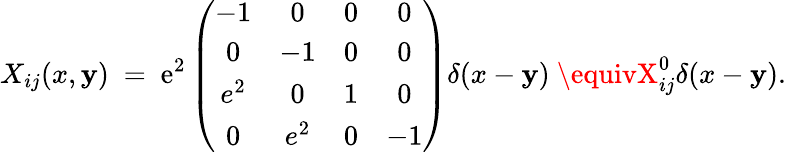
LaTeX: X_{ij}(x,\mathbf{y})~=~\mathrm{e}^{2}\left(\begin{array}{cccc}{{-1}}&{{0}}&{{0}}&{{0}}\\ {{0}}&{{-1}}&{{0}}&{{0}}\\ {{e^{2}}}&{{0}}&{{1}}&{{0}}\\ {{0}}&{{e^{2}}}&{{0}}&{{-1}}\end{array}\right)\delta(x-\mathbf{y})~\equivX_{ij}^{0}\delta(x-\mathbf{y}).